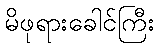
မိဖုရားခေါင်ကြီး